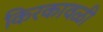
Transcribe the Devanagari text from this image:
किरकावळी